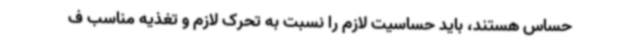
حساس هستند، باید حساسیت لازم را نسبت به تحرک لازم و تغذیه مناسب ف